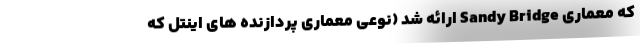
که معماری Sandy Bridge ارائه شد (نوعی معماری پردازنده های اینتل که